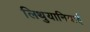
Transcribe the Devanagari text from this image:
लिथुयानियाई